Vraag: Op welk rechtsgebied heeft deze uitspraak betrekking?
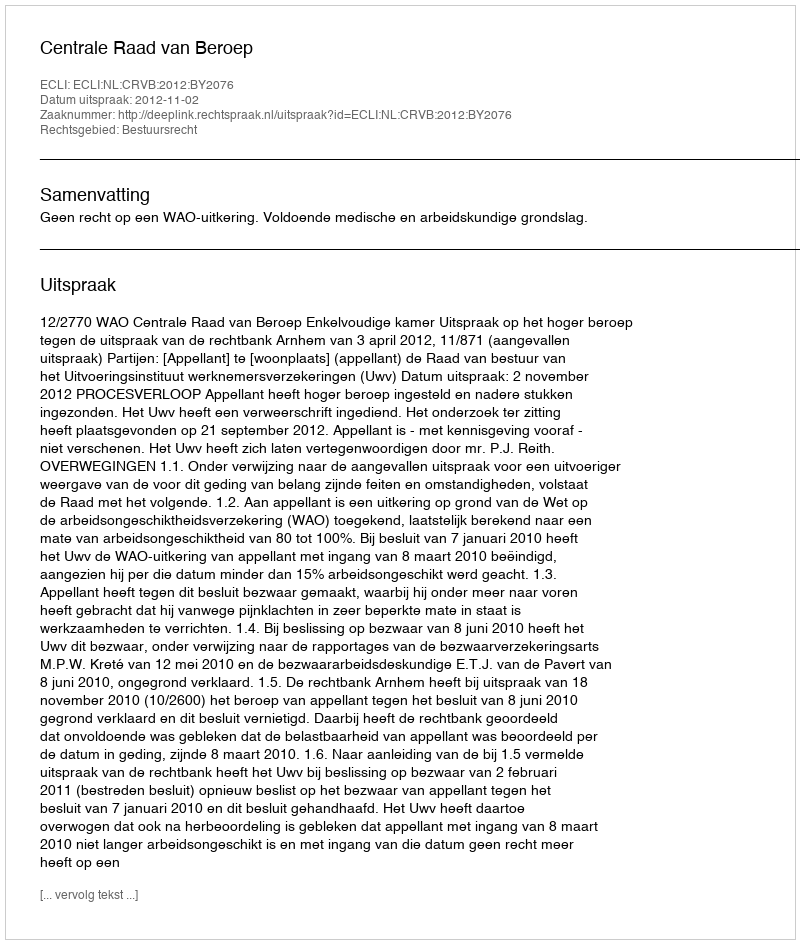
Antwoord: Bestuursrecht